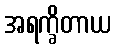
အရက္ခိတာယ